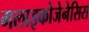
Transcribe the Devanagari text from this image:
गलाइकोजेनेसिस